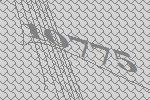
10775